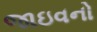
જાઇવનો